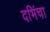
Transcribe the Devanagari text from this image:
दभिंचा